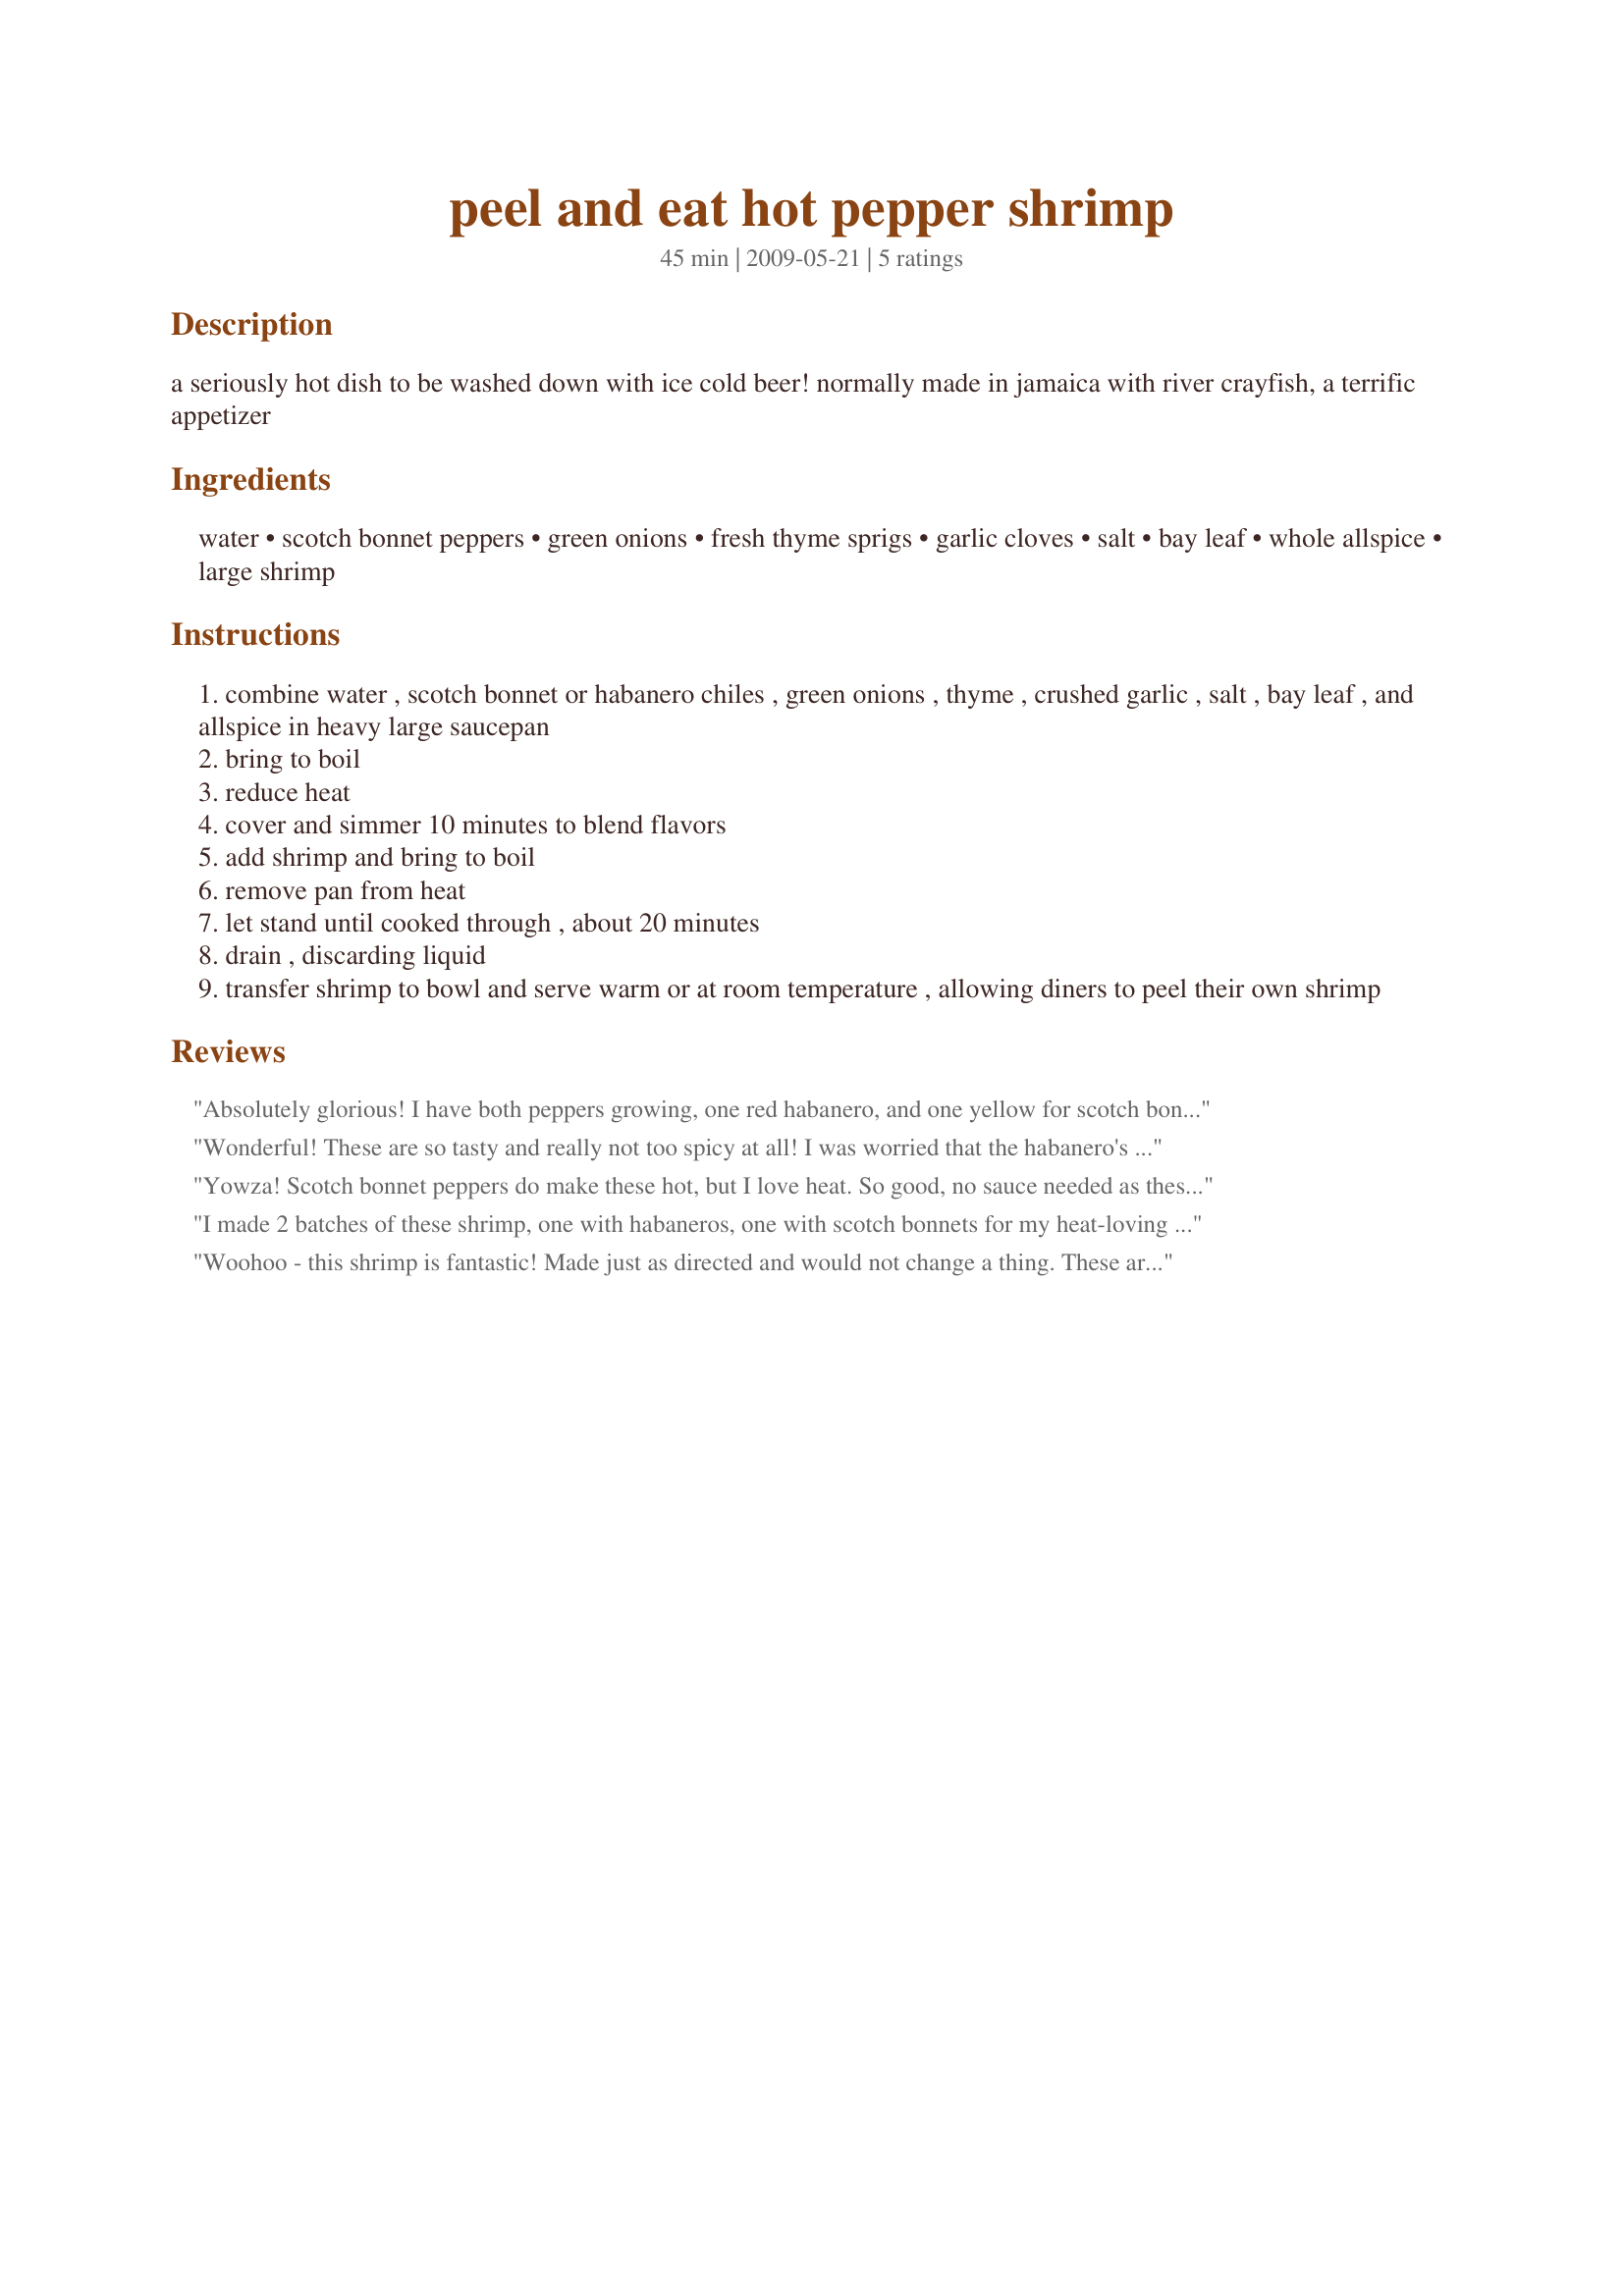
peel and eat hot pepper shrimp
Preparation time: 45 minutes

a seriously hot dish to be washed down with ice cold beer! normally made in jamaica with river crayfish, a terrific appetizer

Ingredients:
water, scotch bonnet peppers, green onions, fresh thyme sprigs, garlic cloves, salt, bay leaf, whole allspice, large shrimp

Steps:
combine water , scotch bonnet or habanero chiles , green onions , thyme , crushed garlic , salt , bay leaf , and allspice in heavy large saucepan
bring to boil
reduce heat
cover and simmer 10 minutes to blend flavors
add shrimp and bring to boil
remove pan from heat
let stand until cooked through , about 20 minutes
drain , discarding liquid
transfer shrimp to bowl and serve warm or at room temperature , allowing diners to peel their own shrimp

Reviews:
Absolutely glorious! I have both peppers growing, one red habanero, and one yellow for scotch bonnet. I have a hard time telling the difference, because the whole taste was simply delicious. The shrimp did mellow perfectly in the marinade, not hot at all, just a nice balance of garlic, thyme, allspice and green onion. Don't even be put off by the peppers, because you will be pleasantly surprised. Thanks for sharing such a treat! Made for *Everyday is a Holiday* game. August 2009
Wonderful! These are so tasty and really not too spicy at all! I was worried that the habanero's would be really over the top but they were pleasantly perfect! I now have a new way to boil shrimp!
Yowza! Scotch bonnet peppers do make these hot, but I love heat. So good, no sauce needed as these are so flavorful all on their own. I made for an entree and served two. Used orange peppers so looked beautiful with the color of the shrimp. I used frozen raw shrimp and they were perfectly cooked. Served just slightly warmer than room temp. For ZWT.
I made 2 batches of these shrimp, one with habaneros, one with scotch bonnets for my heat-loving brothers. Both were terrific! The heat is just a personal preference. We're on the coast for vacation, and I was able to get my shrimp fresh from the dock today. We're going to have these again tomorrow evening!
Woohoo - this shrimp is fantastic! Made just as directed and would not change a thing. These are spicy but not overly so and the cooking method is perfect. Thanks for sharing a great recipe!
